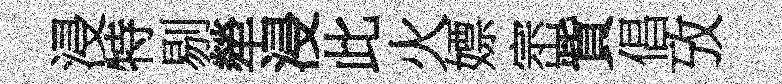
浸特剔犖浸此火嫖崈貲倡攷